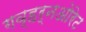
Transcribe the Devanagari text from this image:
गव्हर्नओरेट